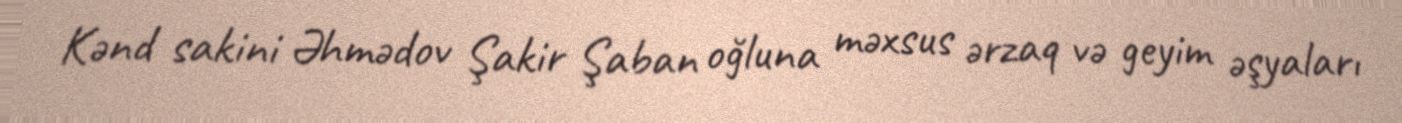
Kənd sakini Əhmədov Şakir Şaban oğluna məxsus ərzaq və geyim əşyaları